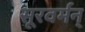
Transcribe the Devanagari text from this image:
सूरवर्मन्